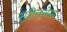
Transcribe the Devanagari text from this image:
स्‍पीचलेस